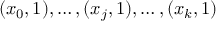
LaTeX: ( x _ { 0 } , 1 ) , \ldots , ( x _ { j } , 1 ) , \ldots , ( x _ { k } , 1 )